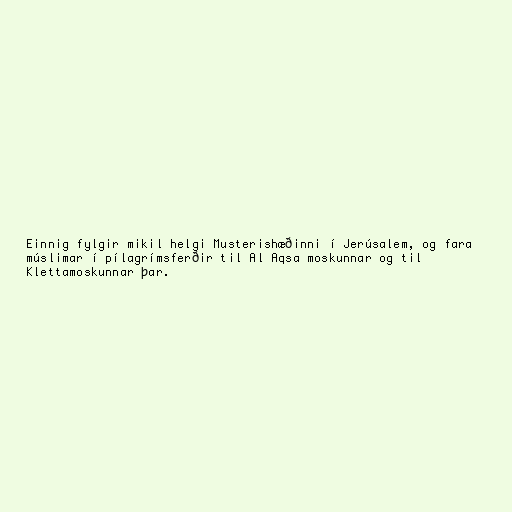
Einnig fylgir mikil helgi Musterishæðinni í Jerúsalem, og fara
múslimar í pílagrímsferðir til Al Aqsa moskunnar og til
Klettamoskunnar þar.